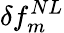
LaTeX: \delta f_{m}^{NL}